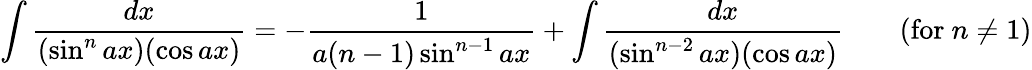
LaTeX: \int{\frac{dx}{(\sin^{n}ax)(\cos ax)}}=-{\frac{1}{a(n-1)\sin^{n-1}ax}}+\int{\frac{dx}{(\sin^{n-2}ax)(\cos ax)}}\qquad{\mathrm{(for~}}n\neq 1{\mathrm{)}}